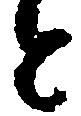
と